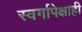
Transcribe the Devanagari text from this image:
स्वर्गापेक्षाही